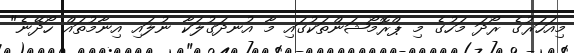
މިއަހަރުގެ ރޯދަ މަހުގެ މި ޕްރޮމޯޝަންތަކުގައި މާ އުނދަގުލަކާ ނުލައި އިނާމުތައް ހޯދޭނެ"